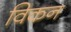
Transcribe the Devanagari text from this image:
विकन